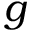
g